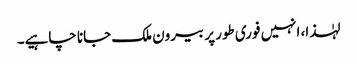
لہٰذا، انہیں فوری طور پر بیرون ملک جانا چاہیے۔